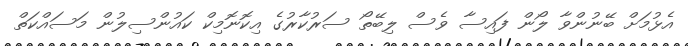
އެޅުމަށް ބޭނުންވާ ލޯން ފައިސާ ވެސް ލިބޭތޯ ސަރުކާރުގެ އިކޮނޮމިކް ކައުންސިލުން މަސައްކަތް